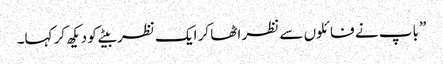
” باپ نے فائلوں سے نظر اٹھا کر ایک نظر بیٹے کو دیکھ کر کہا۔